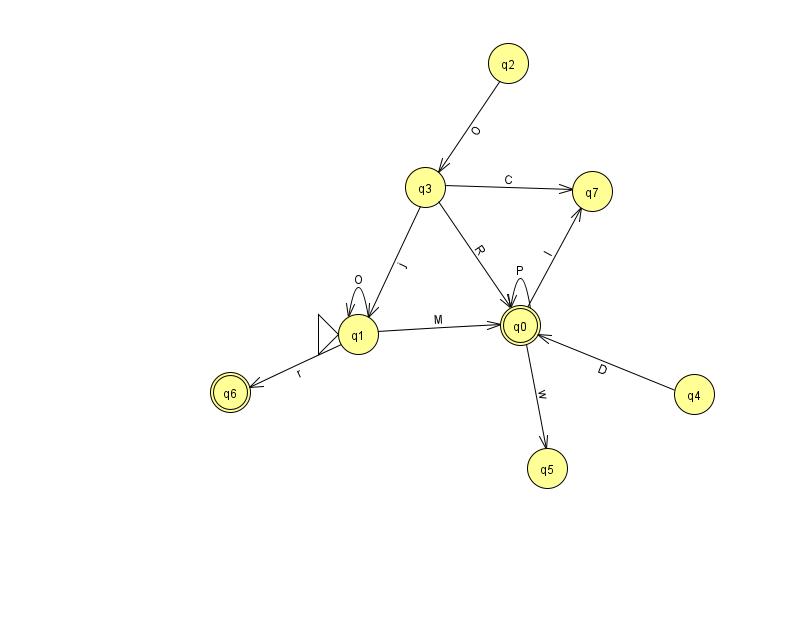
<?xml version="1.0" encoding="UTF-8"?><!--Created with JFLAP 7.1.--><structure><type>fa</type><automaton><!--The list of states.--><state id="0" name="q0"><x>520.0</x><y>312.0</y><final/></state><state id="1" name="q1"><x>358.0</x><y>321.0</y><initial/></state><state id="2" name="q2"><x>508.0</x><y>50.0</y></state><state id="3" name="q3"><x>425.0</x><y>174.0</y></state><state id="4" name="q4"><x>694.0</x><y>381.0</y></state><state id="5" name="q5"><x>547.0</x><y>455.0</y></state><state id="6" name="q6"><x>230.0</x><y>379.0</y><final/></state><state id="7" name="q7"><x>592.0</x><y>178.0</y></state><!--The list of transitions.--><transition><from>0</from><to>0</to><read>P</read></transition><transition><from>4</from><to>0</to><read>D</read></transition><transition><from>1</from><to>0</to><read>M</read></transition><transition><from>0</from><to>5</to><read>w</read></transition><transition><from>0</from><to>7</to><read>l</read></transition><transition><from>2</from><to>3</to><read>O</read></transition><transition><from>3</from><to>0</to><read>R</read></transition><transition><from>3</from><to>1</to><read>j</read></transition><transition><from>1</from><to>6</to><read>r</read></transition><transition><from>3</from><to>7</to><read>C</read></transition><transition><from>1</from><to>1</to><read>O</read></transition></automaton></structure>